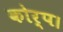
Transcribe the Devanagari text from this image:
कोर्प।